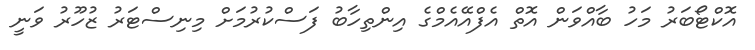
އޮކްޓޯބަރު މަހު ބާއްވަން އޮތް އެފްއޭއެމްގެ އިންތިހާބު ފަސްކުރުމަށް މިނިސްޓަރު ޒުހޫރު ވަނީ